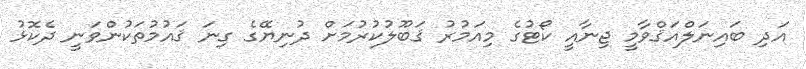
އަދި ބައިނަލްއަޤްވާމީ ޖިނާއީ ކޯޓުގެ މިއަމުރު ޤަބޫލުކުރުމަށް ދުނިޔޭގެ ގިނަ ޤައުމުތަކުންވަނީ ދެކޮޅު